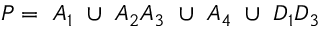
P = ~ A _ { 1 } ~ \cup ~ A _ { 2 } A _ { 3 } ~ \cup ~ A _ { 4 } ~ \cup ~ D _ { 1 } D _ { 3 }